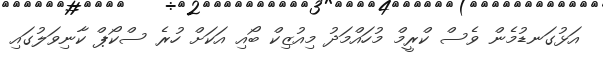
އަޅުގަނޑުމެން ވެސް ކްރީމް މުހައްމަދު މިއުޒިކް ބޯއި އަކަށް ހުރެ ސްކޯޕް ކާނިވަލުގަައި